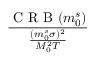
\frac { \mathrm { ~ C ~ R ~ B ~ } ( m _ { 0 } ^ { s } ) } { \frac { ( m _ { 0 } ^ { s } \sigma ) ^ { 2 } } { M _ { 0 } ^ { 2 } T } }